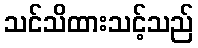
သင်သိထားသင့်သည်